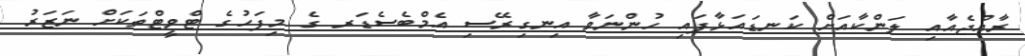
ރާއްޖެއާއި ލަންކާއަށް ކަނޑައަޅާފައި ހުންނަވާ އިނގިރޭސި އެމްބެސެޑަރ ގެ މިފަހުގެ ޓްވީޓްތަކަށް ނަޒަރު